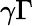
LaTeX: \gamma\Gamma